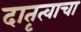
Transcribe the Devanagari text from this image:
दातृत्वाचा